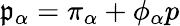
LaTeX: \mathfrak{p}_{\alpha}=\pi_{\alpha}+\phi_{\alpha}p